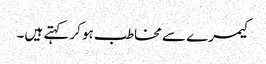
کیمرے سے مخاطب ہوکر کہتے ہیں۔